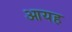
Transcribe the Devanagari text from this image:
आयह